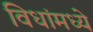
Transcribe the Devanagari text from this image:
विधांमध्ये